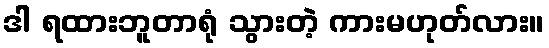
ဒါ ရထားဘူတာရုံ သွားတဲ့ ကားမဟုတ်လား။